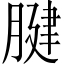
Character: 腱